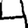
Digit: 4